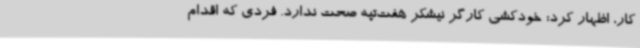
کار، اظهار کرد: خودکشی کارگر نیشکر هفت‌تپه صحت ندارد. فردی که اقدام